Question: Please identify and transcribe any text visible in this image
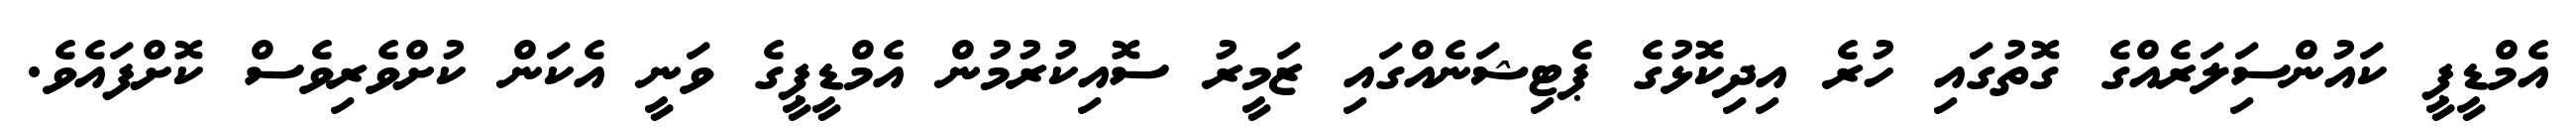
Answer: އެމްޑީޕީ ކައުންސިަލަރެއްގެ ގޮތުގައި ހުރެ އިދިކޮޅުގެ ޕެޓިޝަނެއްގައި ޒަމީރު ސޮއިކުރުމުން އެމްޑީޕީގެ ވަނީ އެކަން ކުށްވެރިވެސް ކޮށްފައެވެ.